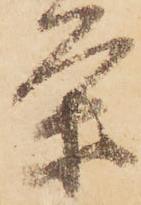
条